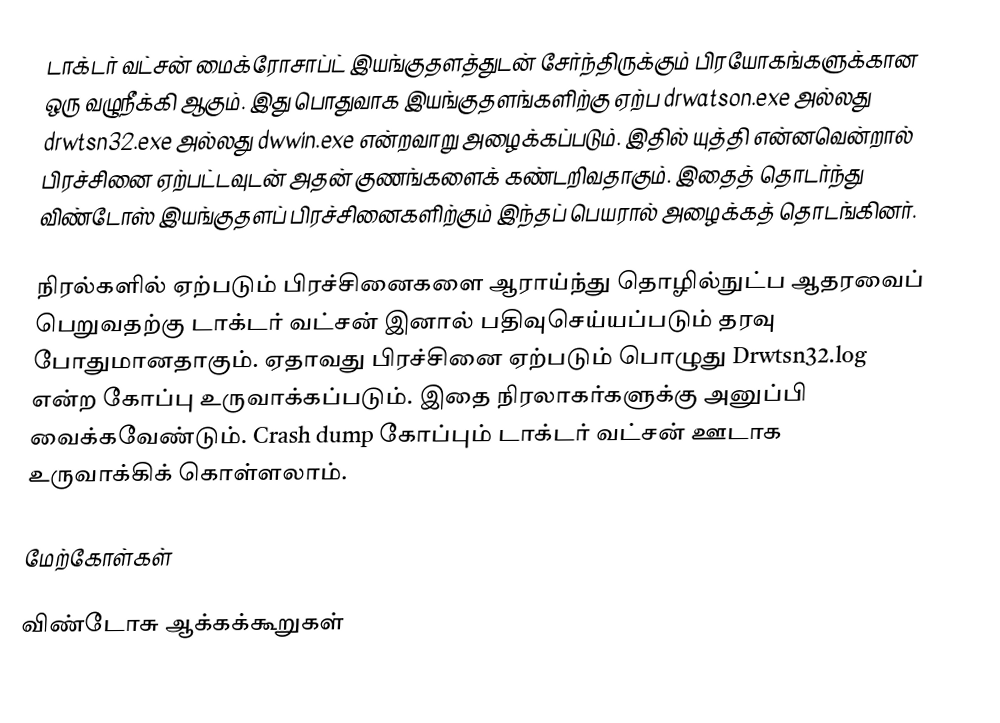
டாக்டர் வட்சன் மைக்ரோசாப்ட் இயங்குதளத்துடன் சேர்ந்திருக்கும் பிரயோகங்களுக்கான ஒரு வழுநீக்கி ஆகும். இது பொதுவாக இயங்குதளங்களிற்கு ஏற்ப drwatson.exe அல்லது drwtsn32.exe அல்லது dwwin.exe என்றவாறு அழைக்கப்படும். இதில் யுத்தி என்னவென்றால் பிரச்சினை ஏற்பட்டவுடன் அதன் குணங்களைக் கண்டறிவதாகும். இதைத் தொடர்ந்து விண்டோஸ் இயங்குதளப் பிரச்சினைகளிற்கும் இந்தப் பெயரால் அழைக்கத் தொடங்கினர்.

நிரல்களில் ஏற்படும் பிரச்சினைகளை ஆராய்ந்து தொழில்நுட்ப ஆதரவைப் பெறுவதற்கு டாக்டர் வட்சன் இனால் பதிவுசெய்யப்படும் தரவு போதுமானதாகும். ஏதாவது பிரச்சினை ஏற்படும் பொழுது Drwtsn32.log என்ற கோப்பு உருவாக்கப்படும். இதை நிரலாகர்களுக்கு அனுப்பி வைக்கவேண்டும். Crash dump கோப்பும் டாக்டர் வட்சன் ஊடாக உருவாக்கிக் கொள்ளலாம்.

மேற்கோள்கள்

விண்டோசு ஆக்கக்கூறுகள்